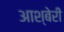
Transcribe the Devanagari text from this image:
आश्बेरी